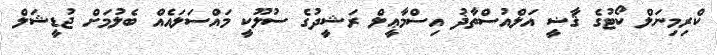
ކްރިމިނަލް ކޯޓުގެ ޤާޟީ އަލްއުސްތާޛު އިސްމާޢީލް ރަޝީދުގެ ސުލޫކީ މައްސަލައެއް ބެލުމަށް ޖުޑީޝަލް